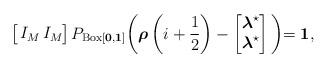
LaTeX: \begin{align*}\left[\begin{array}{cc}\!\!I_{M}&\!\!\!\!I_{M}\!\!\! \\\end{array}\right]P_{\operatorname{Box}[\boldsymbol{0}, \boldsymbol{1}]}\biggl(\boldsymbol{\rho}\left(i+\frac{1}{2}\right)-\begin{bmatrix}\boldsymbol{\lambda}^{\star} \\\boldsymbol{\lambda}^{\star}\end{bmatrix}\biggl)=\boldsymbol{1},\end{align*}